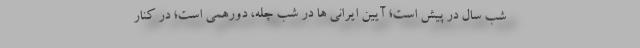
شب سال در پیش است؛ آیین ایرانی ها در شب چله، دورهمی است؛ در کنار